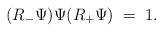
LaTeX: \begin{align*}(R_- \Psi) \Psi (R_+ \Psi) \; = \; 1.\end{align*}